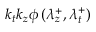
k _ { t } k _ { z } \phi \left( \lambda _ { z } ^ { + } , \lambda _ { t } ^ { + } \right)